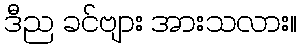
ဒီည ခင်ဗျား အားသလား။